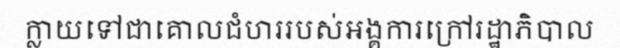
ក្លាយទៅជាគោលជំហររបស់អង្គការក្រៅរដ្ឋាភិបាល